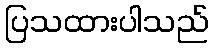
ပြသထားပါသည်